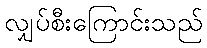
လျှပ်စီးကြောင်းသည်